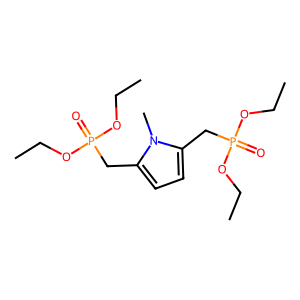
SMILES: CCOP(=O)(Cc1ccc(CP(=O)(OCC)OCC)n1C)OCC
Inhibits HIV replication: No